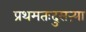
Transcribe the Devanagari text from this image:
प्रथमतःदुसऱ्या